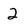
Character: 2